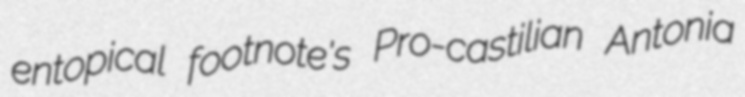
entopical footnote's Pro-castilian Antonia